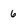
Character: 6